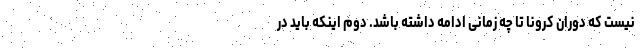
نیست که دوران کرونا تا چه زمانی ادامه داشته باشد. دوم اینکه باید در